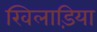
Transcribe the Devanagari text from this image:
खिलाड़िया